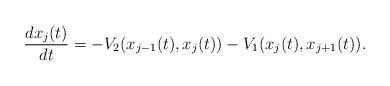
LaTeX: \begin{align*}\frac{dx_j(t)}{dt}=-V_2(x_{j-1}(t),x_j(t))-V_1(x_j(t),x_{j+1}(t)). \end{align*}